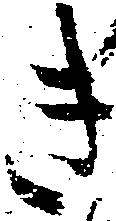
き